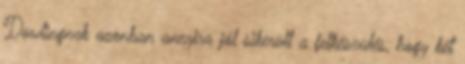
Dowlingnak azonban annyira jól sikerült a felkészülés, hogy két